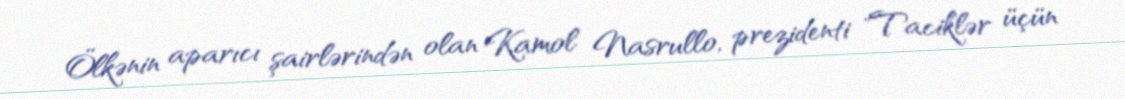
Ölkənin aparıcı şairlərindən olan Kamol Nasrullo, prezidenti "Taciklər üçün